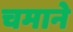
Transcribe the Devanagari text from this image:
चमाने